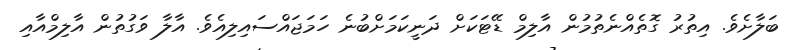
ބަލާށެވެ. އިތުރު ގޮތެއްނެތުމުން އާލިމް ޑޭޓަކަށް ދަނީކަމަށްބުނެ ހަމަޖައްސައިލިއެވެ. އާލާ ވަގުތުން އާލިމްއާއި